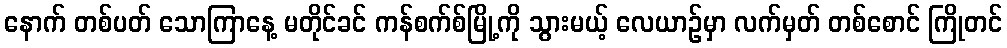
နောက် တစ်ပတ် သောကြာနေ့ မတိုင်ခင် ကန်စက်စ်မြို့ကို သွားမယ့် လေယာဉ်မှာ လက်မှတ် တစ်စောင် ကြိုတင်